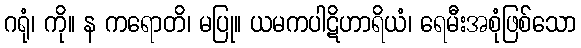
ဂရုံ၊ ကို။ န ကရောတိ၊ မပြု။ ယမကပါဋိဟာရိယံ၊ ရေမီးအစုံဖြစ်သော